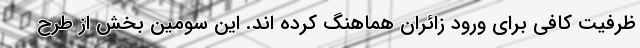
ظرفیت کافی برای ورود زائران هماهنگ کرده اند. این سومین بخش از طرح